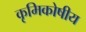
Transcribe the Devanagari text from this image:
कृमिकोषीय